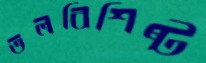
তলবিশিষ্ট